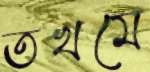
তখমে